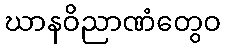
ဃာနဝိညာဏံတွေဝ